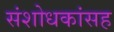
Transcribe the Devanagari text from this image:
संशोधकांसह